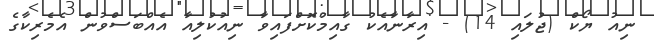
ނިއު ޔޯކް (ޖުލައި 14) - އިރާނާއެކު ގާއިމުކޮށްފައިވާ ނިއުކުލިއާ އެއްބަސްވުން އެމެރިކާގެ